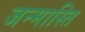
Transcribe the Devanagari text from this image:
जन्मास्ति